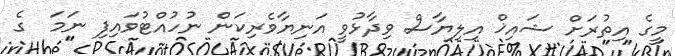
މީގެ އިތުރަށް ޝައިޚް އިލިޔާސް ވިދާޅުވީ އަނިޔާވެރިކަން ނުހުއްޓުވައިފި ނަމަ  ގެ